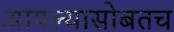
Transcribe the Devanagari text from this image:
आपल्यासोबतच